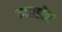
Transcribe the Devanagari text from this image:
बाग़डोर